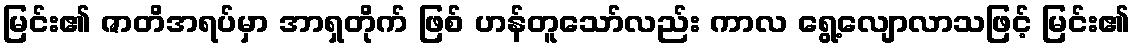
မြင်း၏ ဇာတိအရပ်မှာ အာရှတိုက် ဖြစ် ဟန်တူသော်လည်း ကာလ ရွေ့လျောလာသဖြင့် မြင်း၏